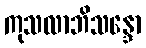
ကုသလာဘိသန္ဒော